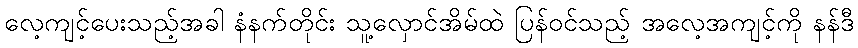
လေ့ကျင့်ပေးသည့်အခါ နံနက်တိုင်း သူ့လှောင်အိမ်ထဲ ပြန်ဝင်သည့် အလေ့အကျင့်ကို နန်ဒီ